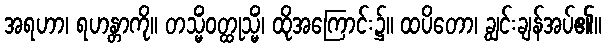
အရဟာ၊ ရဟန္တာကို။ တသ္မိံဝတ္ထုသ္မိံ၊ ထိုအကြောင်း၌။ ထပိတော၊ ချွင်းချန်အပ်၏။